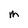
Character: M